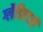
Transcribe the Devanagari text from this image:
ग्लैडिएटरों